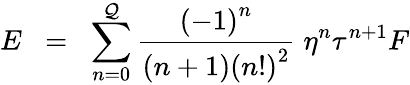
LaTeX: E\; \; =\; \; \sum_{n=0}^{\mathcal{Q}}{\frac{{{(-1)}^{n}}}{{(n+1){(n!)}^{2}}}}\; \eta^{n}\tau^{n+1}F